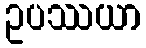
ဥပဿယာ